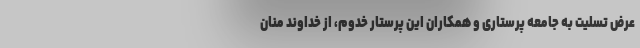
عرض تسلیت به جامعه پرستاری و همکاران این پرستار خدوم، از خداوند منان